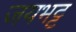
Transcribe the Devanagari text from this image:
जयभट्ट